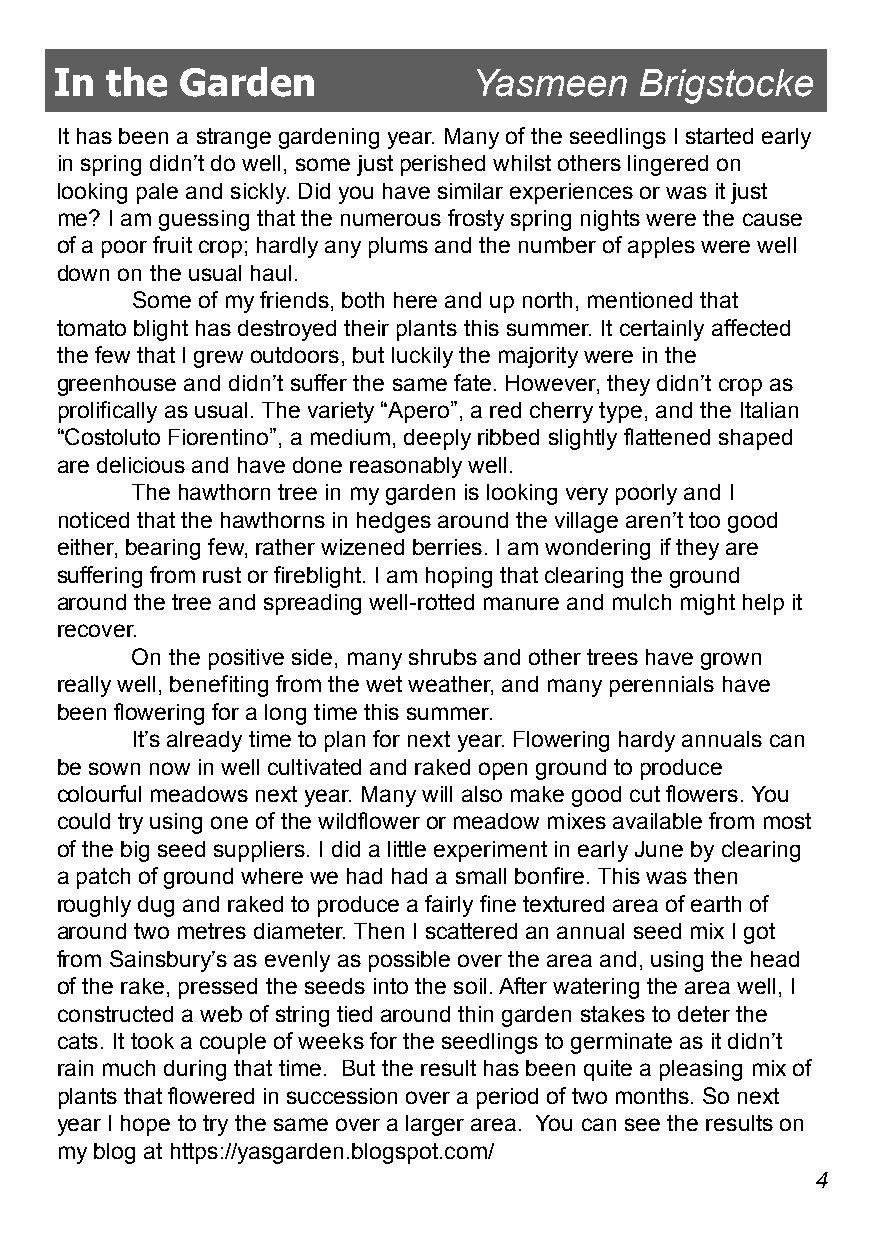
In the  Garden             Yasmeen    Brigstocke
 It has been a strange gardening year. Many of the seedlings I started early
 in spring didn’t do well, some just perished whilst others lingered on
 looking pale and sickly. Did you have similar experiences or was it just
 me? I am guessing that the numerous frosty spring nights were the cause
 of a poor fruit crop; hardly any plums and the number of apples were well
 down on the usual haul.
 Some of my friends, both here and up north, mentioned that
 tomato blight has destroyed their plants this summer. It certainly affected
 the few that I grew outdoors, but luckily the majority were in the
 greenhouse and didn’t suffer the same fate. However, they didn’t crop as
 prolifically as usual. The variety “Apero”, a red cherry type, and the Italian
 “Costoluto Fiorentino”, a medium, deeply ribbed slightly flattened shaped
 are delicious and have done reasonably well.
 The hawthorn tree in my garden is looking very poorly and I
 noticed that the hawthorns in hedges around the village aren’t too good
 either, bearing few, rather wizened berries. I am wondering if they are
 suffering from rust or fireblight. I am hoping that clearing the ground
 around the tree and spreading well-rotted manure and mulch might help it
 recover.
 On the positive side, many shrubs and other trees have grown
 really well, benefiting from the wet weather, and many perennials have
 been flowering for a long time this summer.
 It’s already time to plan for next year. Flowering hardy annuals can
 be sown now in well cultivated and raked open ground to produce
 colourful meadows next year. Many will also make good cut flowers. You
 could try using one of the wildflower or meadow mixes available from most
 of the big seed suppliers. I did a little experiment in early June by clearing
 a patch of ground where we had had a small bonfire. This was then
 roughly dug and raked to produce a fairly fine textured area of earth of
 around two metres diameter. Then I scattered an annual seed mix I got
 from Sainsbury’s as evenly as possible over the area and, using the head
 of the rake, pressed the seeds into the soil. After watering the area well, I
 constructed a web of string tied around thin garden stakes to deter the
 cats. It took a couple of weeks for the seedlings to germinate as it didn’t
 rain much during that time. But the result has been quite a pleasing mix of
 plants that flowered in succession over a period of two months. So next
 year I hope to try the same over a larger area. You can see the results on
 my blog at https://yasgarden.blogspot.com/
 4